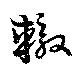
轍